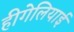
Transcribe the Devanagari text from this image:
हीगेलियाई